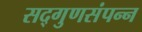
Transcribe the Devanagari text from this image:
सद्‌गुणसंपन्न